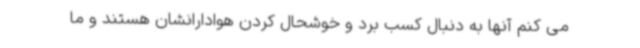
می کنم آنها به دنبال کسب برد و خوشحال کردن هوادارانشان هستند و ما